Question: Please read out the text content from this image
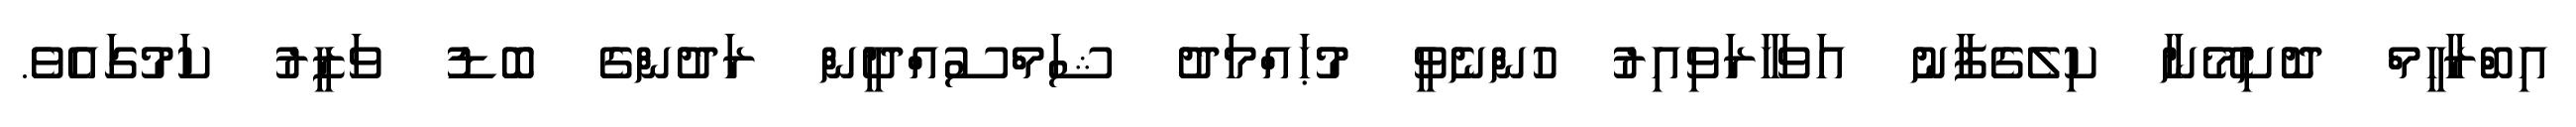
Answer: އިބްރާހީމް ދޮށިމޭނާ ކިލެގެފާނު އަވަހާރަވިއިރު ހުންނެވީ މުޙައްމަދު ޝަމްސުއްދީން ރަދުންގެ ބޮޑު ވަޒީރު ކަމުގައެވެ.